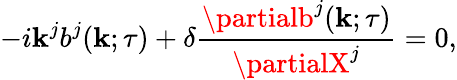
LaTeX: -i\mathbf{k}^{j}b^{j}({\mathbf{{\mathbf{k}}}};\tau)+\delta\frac{{\partialb^{j}({\mathbf{{\mathbf{k}}}};\tau)}}{{\partialX^{j}}}=0,